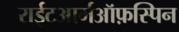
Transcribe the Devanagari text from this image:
राईटआर्मऑफ़स्पिन